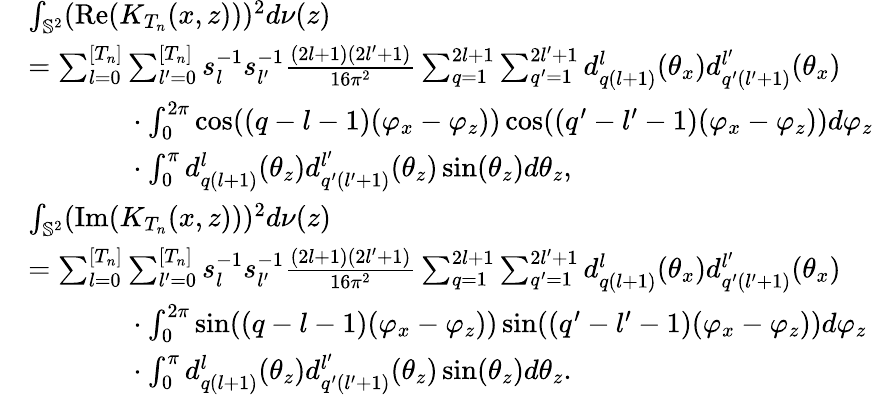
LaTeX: \begin{array}{rl}&{\int_{\mathbb{S}^{2}}(\mathrm{Re}(K_{T_{n}}(x,z)))^{2}d\nu(z)}\\ &{=\sum_{l=0}^{[T_{n}]}\sum_{l^{\prime}=0}^{[T_{n}]}s_{l}^{-1}s_{l^{\prime}}^{-1}\frac{(2l+1)(2l^{\prime}+1)}{16\pi^{2}}\sum_{q=1}^{2l+1}\sum_{q^{\prime}=1}^{2l^{\prime}+1}d_{q(l+1)}^{l}(\theta_{x})d_{q^{\prime}(l^{\prime}+1)}^{l^{\prime}}(\theta_{x})}\\ &{~~~~~~~~~~~~~~\cdot\int_{0}^{2\pi}\cos((q-l-1)(\varphi_{x}-\varphi_{z}))\cos((q^{\prime}-l^{\prime}-1)(\varphi_{x}-\varphi_{z}))d\varphi_{z}}\\ &{~~~~~~~~~~~~~~\cdot\int_{0}^{\pi}d_{q(l+1)}^{l}(\theta_{z})d_{q^{\prime}(l^{\prime}+1)}^{l^{\prime}}(\theta_{z})\sin(\theta_{z})d\theta_{z},}\\ &{\int_{\mathbb{S}^{2}}(\mathrm{Im}(K_{T_{n}}(x,z)))^{2}d\nu(z)}\\ &{=\sum_{l=0}^{[T_{n}]}\sum_{l^{\prime}=0}^{[T_{n}]}s_{l}^{-1}s_{l^{\prime}}^{-1}\frac{(2l+1)(2l^{\prime}+1)}{16\pi^{2}}\sum_{q=1}^{2l+1}\sum_{q^{\prime}=1}^{2l^{\prime}+1}d_{q(l+1)}^{l}(\theta_{x})d_{q^{\prime}(l^{\prime}+1)}^{l^{\prime}}(\theta_{x})}\\ &{~~~~~~~~~~~~~~\cdot\int_{0}^{2\pi}\sin((q-l-1)(\varphi_{x}-\varphi_{z}))\sin((q^{\prime}-l^{\prime}-1)(\varphi_{x}-\varphi_{z}))d\varphi_{z}}\\ &{~~~~~~~~~~~~~~\cdot\int_{0}^{\pi}d_{q(l+1)}^{l}(\theta_{z})d_{q^{\prime}(l^{\prime}+1)}^{l^{\prime}}(\theta_{z})\sin(\theta_{z})d\theta_{z}.}\end{array}